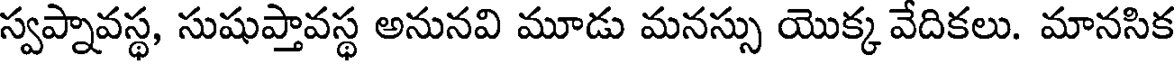
స్వప్నావస్థ, సుషుప్తావస్థ అనునవి మూడు మనస్సు యొక్క వేదికలు. మానసిక